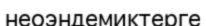
неоэндемиктерге